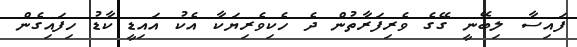
ފައިސާ ލިބޭނީ ގޭގެ ވެރިފަރާތުން ދެ ހެކިވެރިޔަކާ އެކު އައިޑީ ކާޑު ހިފައިގެން